Reports on military cantonments and civil stations in the Presidency of Bombay inspected by the Sanitary Commissioner in the years 1875 and 1876
Year: 1875
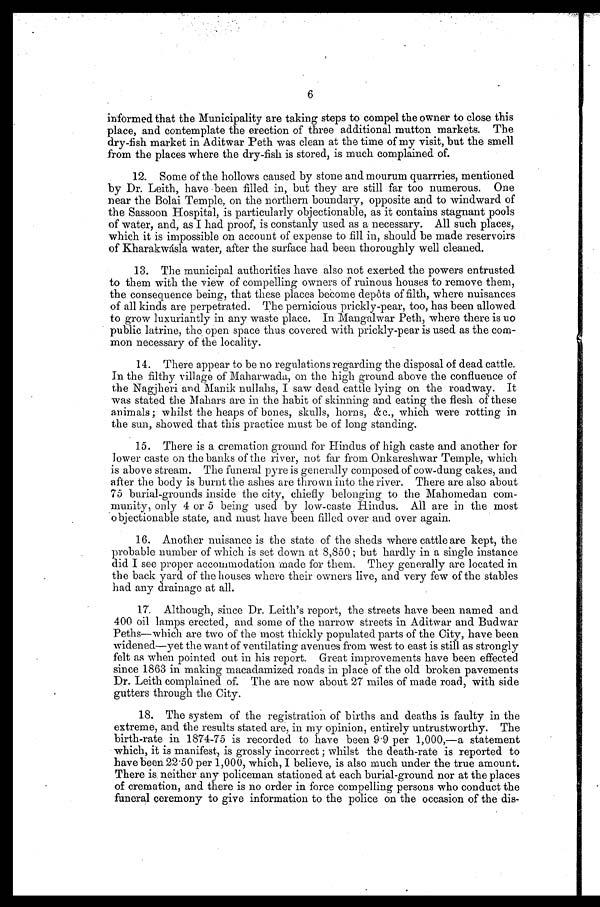
6
informed that the Municipality are taking steps to compel the owner to close this
place, and contemplate the erection of three additional mutton markets. The
dry-fish market in Aditwar Peth was clean at the time of my visit, but the smell
from the places where the dry-fish is stored, is much complained of.
12. Some of the hollows caused by stone and mourum quarrries, mentioned
by Dr. Leith, have been filled in, but they are still far too numerous. One
near the Bolai Temple, on the northern boundary, opposite and to windward of
the Sassoon Hospital, is particularly objectionable, as it contains stagnant pools
of water, and, as I had proof, is constanly used as a necessary. All such places,
which it is impossible on account of expense to fill in, should be made reservoirs
of Kharakwásla water, after the surface had been thoroughly well cleaned.
13. The municipal authorities have also not exerted the powers entrusted
to them with the view of compelling owners of ruinous houses to remove them,
the consequence being, that these places become depôts of filth, where nuisances
of all kinds are perpetrated. The pernicious prickly-pear, too, has been allowed
to grow luxuriantly in any waste place. In Mangalwar Peth, where there is uo
public latrine, the open space thus covered with prickly-pear is used as the com-
mon necessary of the locality.
14. There appear to be no regulations regarding the disposal of dead cattle.
In the filthy village of Maharwada, on the high ground above the confluence of
the Nagjheri and Manila nullahs, I saw dead cattle lying on the roadway. It
was stated the Mahars are in the habit of skinning and eating the flesh of these
animals; whilst the heaps of bones, skulls, horns, &c., which were rotting in
the sun, showed that this practice must be of long standing.
15. There is a cremation ground for Hindus of high caste and another for
lower caste on the banks of the river, not far from Onkareshwar Temple, which
is above stream. The funeral pyre is generally composed of cow-dung cakes, and
after the body is burnt the ashes are thrown into the river. There are also about
75 burial-grounds inside the city, chiefly belonging to the Mahomedan com-
munity, only 4 or 5 being used by low-caste Hindus. All are in the most
objectionable state, and must have been filled over and over again.
16. Another nuisance is the state of the sheds where cattle are kept, the
probable number of which is set down at 8,850; but hardly in a single instance
did I see proper accommodation made for them. They generally are located in
the back yard of the houses where their owners live, and very few of the stables
had any drainage at all.
17. Although, since Dr. Leith's report, the streets have been named and
400 oil lamps erected, and some of the narrow streets in Aditwar and Budwar
Peths—which are two of the most thickly populated parts of the City, have been
widened—yet the want of ventilating avenues from west to east is still as strongly
felt as when pointed out in his report. Great improvements have been effected
since 1863 in making macadamized roads in place of the old broken pavements
Dr. Leith complained of. The are now about 27 miles of made road, with side
gutters through the City.
18. The system of the registration of births and deaths is faulty in the
extreme, and the results stated are, in my opinion, entirely untrustworthy. The
birth-rate in 1874-75 is recorded to have been 9.9 per 1,000,—a statement
which, it is manifest, is grossly incorrect; whilst the death-rate is reported to
have been 22.50 per 1,000, which, I believe, is also much under the true amount.
There is neither any policeman stationed at each burial-ground nor at the places
of cremation, and there is no order in force compelling persons who conduct the
funeral ceremony to give information to the police on the occasion of the dis-